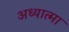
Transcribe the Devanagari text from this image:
अध्यात्मा